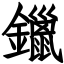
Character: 鑞